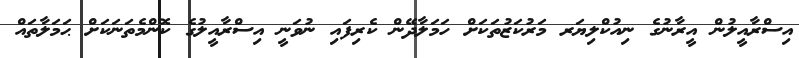
އިސްރާއީލުން އީރާނުގެ ނިއުކްލިޔަރ މަރުކަޒުތަކަށް ހަމަލާދޭން ކެރިފައި ނުވަނީ އިސްރާއީލުގެ ކޮންމެތަނަކަށް ޙަމަލާތައް